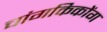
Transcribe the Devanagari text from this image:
चांगकिकोंग